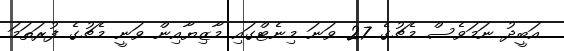
އަބީދު ނަމަވެސް މެޗުގެ 27 ވަނަ މިނެޓްގައި މާޒިޔާއިން ވަނީ މެޗުގެ ފުރަތަމަ